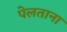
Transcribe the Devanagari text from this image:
पेलताना